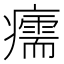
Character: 𤻪